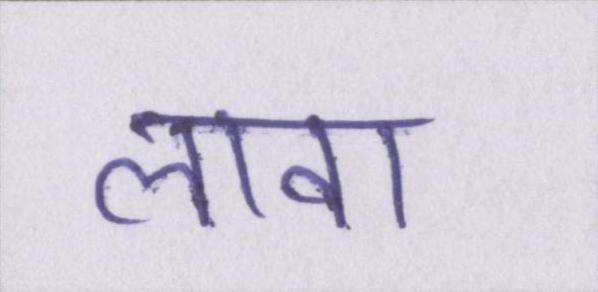
लावा